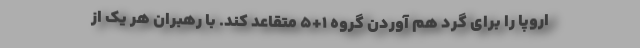
اروپا را برای گرد هم آوردن گروه ۱+۵ متقاعد کند. با رهبران هر یک از